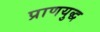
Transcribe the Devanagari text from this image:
प्राणयुद्ध